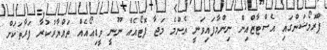
ޕްރޮމޯޝަންގައި އެސްޓާޒްއިން ނިންމާފައިވަނީ އެންމެ މަޖާ ފޮޓޯއެއް ނޫނީ ވީޑިއޯއެއް ތައްޔާރުކުރާ ފަރާތަކަށް